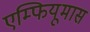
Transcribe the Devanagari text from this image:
एम्फियूमास